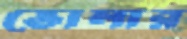
ভোলার